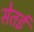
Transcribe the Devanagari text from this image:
सेतई